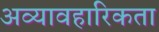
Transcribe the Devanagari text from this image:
अव्यावहारिकता